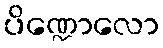
ပိဏ္ဍောလော